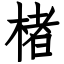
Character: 楮